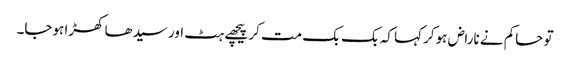
تو حاکم نے ناراض ہوکر کہا کہ بک بک مت کر پیچھے ہٹ اور سیدھا کھڑا ہوجا۔